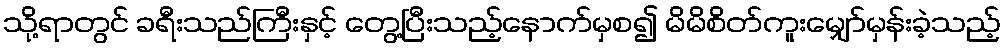
သို့ရာတွင် ခရီးသည်ကြီးနှင့် တွေ့ပြီးသည့်နောက်မှစ၍ မိမိစိတ်ကူးမျှော်မှန်းခဲ့သည့်